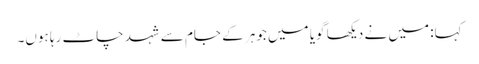
کہا: میں نے دیکھا گویا میں جوہر کے جام سے شہد چاٹ رہا ہوں۔